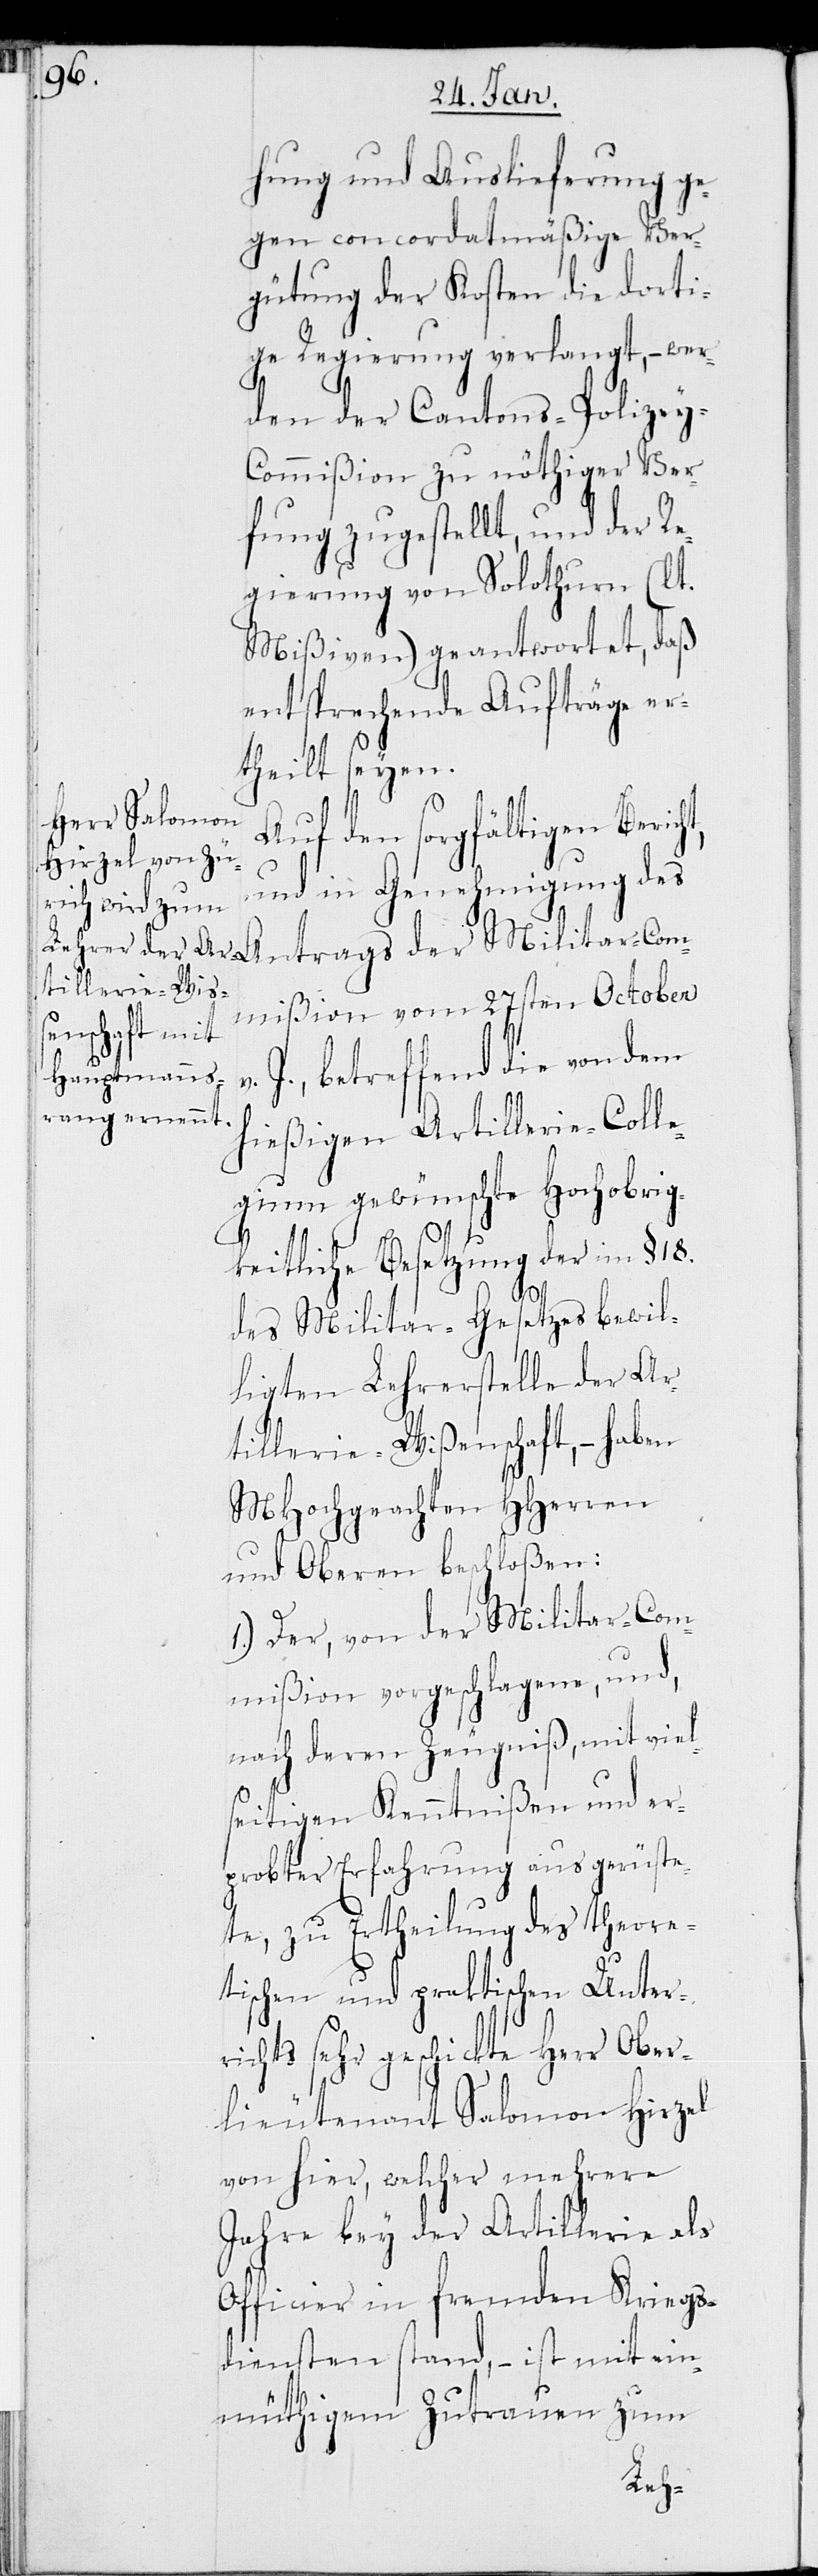
t,

hung und Auslieferung ge¬
gen concordatmäßige Ver¬
gütung der Kosten die dorti¬
ge Regierung verlangt, – wer¬
den der Cantons-Polizey-C¬
ommißion zu nöthiger Ver¬
fügung zugestellt, und der R¬
egierung von Solothurn (lt.
Mißiven) geantwortet, daß
entsprechende Aufträge er¬
theilt seyen.
Auf den sorgfältigen Berich¬
und in Genehmigung des
Militar-Com¬
mißion vom 27sten October
J., betreffend die von dem
hießigen Artillerie-Colle¬
gium gewünschte Hochobrig¬
keitliche Besetzung der im § 18.
des Militar-Gesetzes bewil¬
ligten Lehrerstelle der Ar¬
tillerie-Wißenschaft, – haben
MHochgeachten HHerren
und Oberen beschloßen:
1.) Der, von der Militar-Com¬
mißion vorgeschlagene, und,
nach deren Zeugniß, mit viel¬
seitigen Kenntnißen und er¬
probter Erfahrung ausgerüste¬
te, zu Ertheilung des theore¬
tischen und praktischen Unter¬
richts sehr geschickte Herr Ober¬
lieutenant Salomon Hirzel
von hier, welcher mehrere
Jahre bey der Artillerie als
Officier in fremden Kriegs¬
diensten stand, – ist mit ein¬
müthigem Zutrauen zum